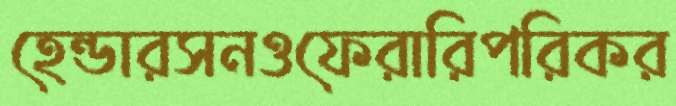
হেন্ডারসনওফেরারিপরিকর